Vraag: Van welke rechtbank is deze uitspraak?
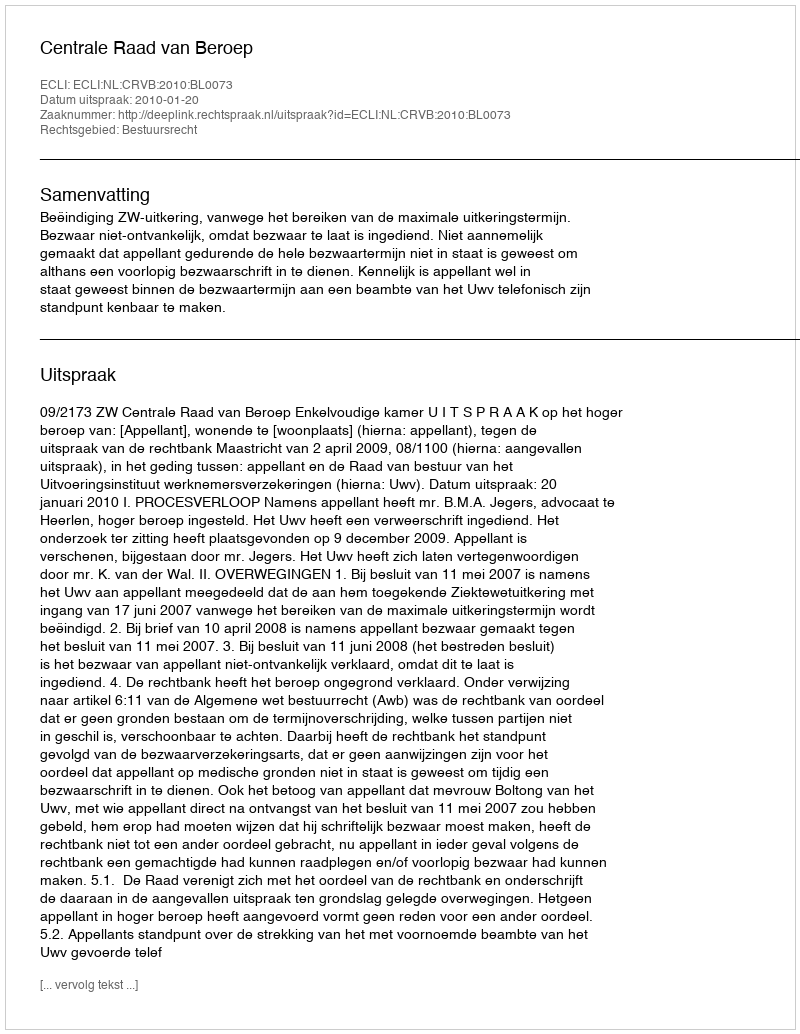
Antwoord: Centrale Raad van Beroep